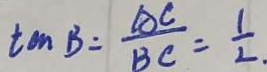
\tan B = \frac { A C } { B C } = \frac { 1 } { 2 }